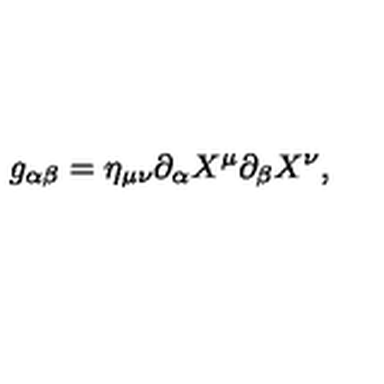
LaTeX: g _ { \alpha \beta } = \eta _ { \mu \nu } \partial _ { \alpha } X ^ { \mu } \partial _ { \beta } X ^ { \nu } ,